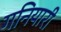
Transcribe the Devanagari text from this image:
गनियारी